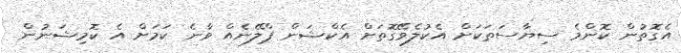
އެގޮތުން ކޮންމެ ސިޔާސަތަކަށް އެކުލެވޭގޮތަށް އެކްޝަން ޕްލޭނެއް ވާނެ ކަމަށް އެ ކޮމިޝަނުން